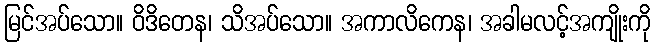
မြင်အပ်သော။ ဝိဒိတေန၊ သိအပ်သော။ အကာလိကေန၊ အခါမလင့်အကျိုးကို